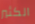
الكثير